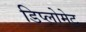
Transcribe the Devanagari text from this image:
डिप्लोमेट्